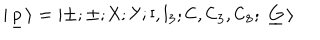
LaTeX: | \ \! \underline { { { \sf p } } } \ \! \rangle = \left| \pm ; \pm ; { \sf X } ; { \sf Y } ; { \sf I } , { \sf I } _ { 3 } ; { \sf C } , { \sf C } _ { 3 } , { \sf C } _ { 8 } ; \ \underline { { { \mathbf G } } } \ \! \right>